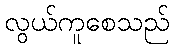
လွယ်ကူစေသည်